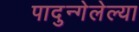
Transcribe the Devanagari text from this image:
पादुन्गेलेल्या